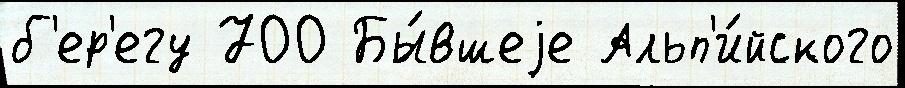
б'ер'егу 700 Бы́вшеjе Альп'и́йского